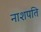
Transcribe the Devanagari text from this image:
नाशपति